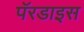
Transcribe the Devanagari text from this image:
पॅरडाइस